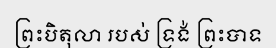
ព្រះបិតុលា របស់ ទ្រង់ ព្រះបាទ